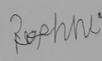
Signature authenticity: forged